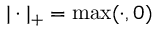
| \cdot | _ { + } = \operatorname* { m a x } ( \cdot , 0 )